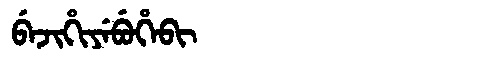
Manchu: ᠪᡝᠵᡳᡥᡳᠶᡝᠪᡠᡥᡝᠪᡳ
Romanization: BEJIHIYEBUHEBI